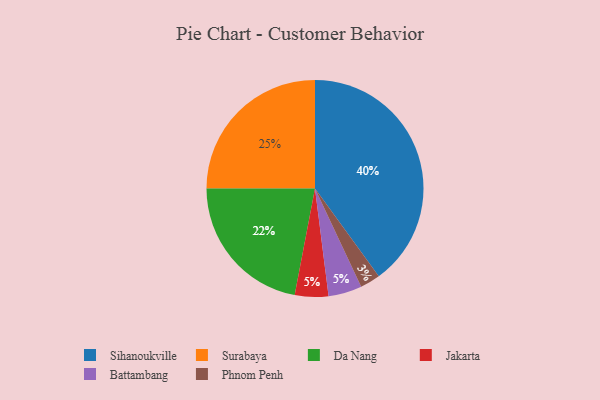
{"axis": {"x": "Category", "y": "Percentage"}, "legend": ["Battambang", "Da Nang", "Jakarta", "Phnom Penh", "Sihanoukville", "Surabaya"], "data": [{"x": "Phnom Penh", "y": 3, "type": "Phnom Penh"}, {"x": "Jakarta", "y": 5, "type": "Jakarta"}, {"x": "Surabaya", "y": 25, "type": "Surabaya"}, {"x": "Battambang", "y": 5, "type": "Battambang"}, {"x": "Sihanoukville", "y": 40, "type": "Sihanoukville"}, {"x": "Da Nang", "y": 22, "type": "Da Nang"}]}